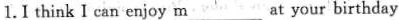
1.I think I can enjoy \underline{m} ___at your birthday